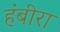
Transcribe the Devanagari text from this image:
हंबीरा